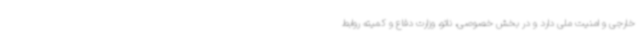
خارجی و امنیت ملی دارد و در بخش خصوصی، ناتو، وزارت دفاع و کمیته روابط